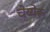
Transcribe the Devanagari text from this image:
चेय्येरू